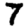
Digit: 7